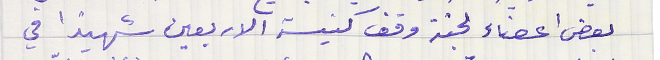
بعض اعضاء لجنة وقف كنيسة الاربعين شهيدًا في